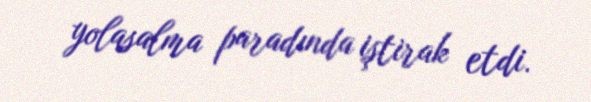
yolasalma paradında iştirak etdi.